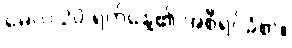
မေလ 20 ရက်နေ့၏ အစီရင်ခံစာ။